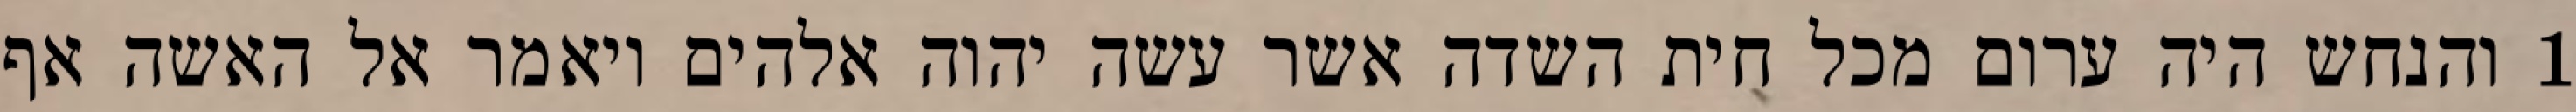
1 והנחש היה ערום מכל חית השדה אשר עשה יהוה אלהים ויאמר אל האשה אף